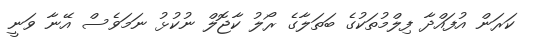
ކަރަން އުފައްދާ ފިލްމުތަކުގެ ބަތަލާގެ ރޯލު ކާޖޮލް ނުކުޅު ނަމަވެސް އޭނާ ވަނީ